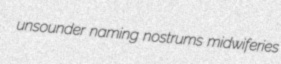
unsounder naming nostrums midwiferies